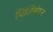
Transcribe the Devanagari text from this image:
पिलिबंगन